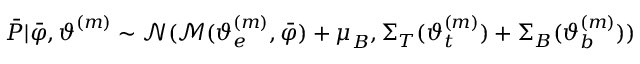
\boldsymbol { \bar { P } } | \boldsymbol { \bar { \varphi } } , \boldsymbol { \vartheta } ^ { ( m ) } \sim \mathcal { N } ( \mathcal { M } ( \boldsymbol { \vartheta } _ { e } ^ { ( m ) } , \boldsymbol { \bar { \varphi } } ) + \boldsymbol \mu _ { B } , \boldsymbol \Sigma _ { T } ( \boldsymbol { \vartheta } _ { t } ^ { ( m ) } ) + \boldsymbol \Sigma _ { B } ( \boldsymbol { \vartheta } _ { b } ^ { ( m ) } ) )